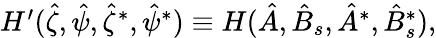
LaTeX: \begin{array}{r}{H^{\prime}(\hat{\zeta},\hat{\psi},\hat{\zeta}^{*},\hat{\psi}^{*})\equiv H(\hat{A},\hat{B}_{s},\hat{A}^{*},\hat{B}_{s}^{*}),}\end{array}